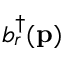
b _ { r } ^ { \dagger } ( \mathbf { p } )